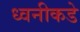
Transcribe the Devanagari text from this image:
ध्वनीकडे